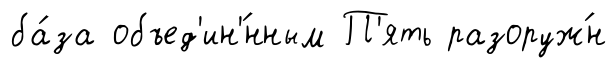
ба́за объед'ин'́нным П'ять разоруж́н